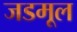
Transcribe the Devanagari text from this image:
जडमूल